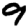
Digit: 9